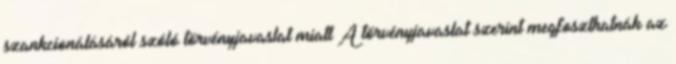
szankcionálásáról szóló törvényjavaslat miatt A törvényjavaslat szerint megfoszthatnák az